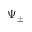
\Psi _ { \pm }